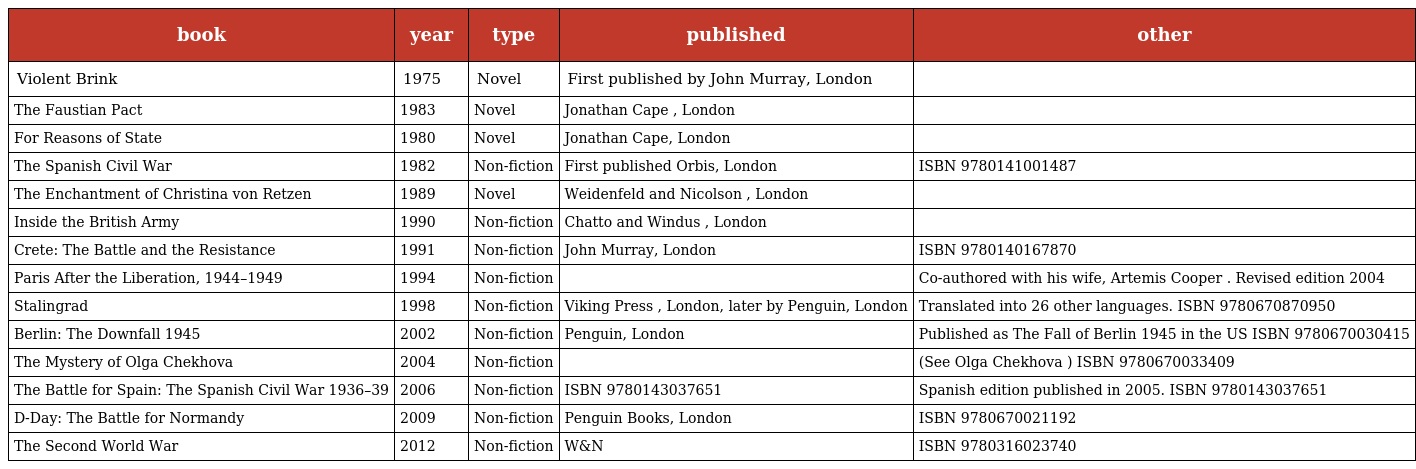
| book | year | type | published | other |
 | --- | --- | --- | --- | --- |
 | Violent Brink | 1975 | Novel | First published by John Murray, London |  |
 | The Faustian Pact | 1983 | Novel | Jonathan Cape , London |  |
 | For Reasons of State | 1980 | Novel | Jonathan Cape, London |  |
 | The Spanish Civil War | 1982 | Non-fiction | First published Orbis, London | ISBN 9780141001487 |
 | The Enchantment of Christina von Retzen | 1989 | Novel | Weidenfeld and Nicolson , London |  |
 | Inside the British Army | 1990 | Non-fiction | Chatto and Windus , London |  |
 | Crete: The Battle and the Resistance | 1991 | Non-fiction | John Murray, London | ISBN 9780140167870 |
 | Paris After the Liberation, 1944–1949 | 1994 | Non-fiction |  | Co-authored with his wife, Artemis Cooper . Revised edition 2004 |
 | Stalingrad | 1998 | Non-fiction | Viking Press , London, later by Penguin, London | Translated into 26 other languages. ISBN 9780670870950 |
 | Berlin: The Downfall 1945 | 2002 | Non-fiction | Penguin, London | Published as The Fall of Berlin 1945 in the US ISBN 9780670030415 |
 | The Mystery of Olga Chekhova | 2004 | Non-fiction |  | (See Olga Chekhova ) ISBN 9780670033409 |
 | The Battle for Spain: The Spanish Civil War 1936–39 | 2006 | Non-fiction | ISBN 9780143037651 | Spanish edition published in 2005. ISBN 9780143037651 |
 | D-Day: The Battle for Normandy | 2009 | Non-fiction | Penguin Books, London | ISBN 9780670021192 |
 | The Second World War | 2012 | Non-fiction | W&N | ISBN 9780316023740 |